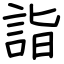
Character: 詣